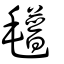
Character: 氆